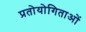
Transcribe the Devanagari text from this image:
प्रतोयोगिताओं